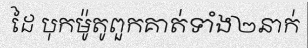
ដៃ បុកម៉ូតូពួកគាត់ទាំង២នាក់